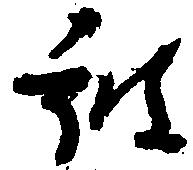
被